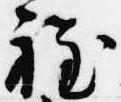
程